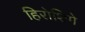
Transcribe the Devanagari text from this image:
हिरोशिगे